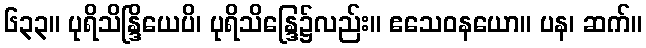
၆၃၃။ ပုရိသိန္ဒြိယေပိ၊ ပုရိသိန္ဒြေ၌လည်း။ ဧသေဝနယော။ ပန၊ ဆက်။